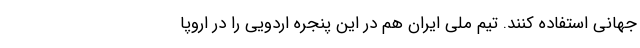
جهانی استفاده کنند. تیم ملی ایران هم در این پنجره اردویی را در اروپا